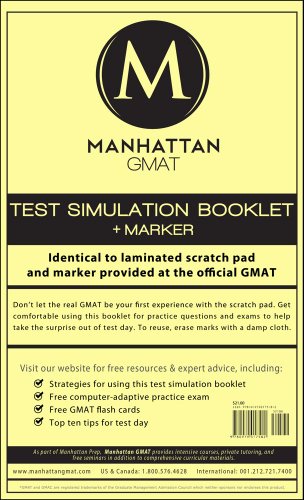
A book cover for Manhattan GMAT Test Simulation Booklet w/ Marker; Manhattan GMAT; Test Preparation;